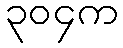
၃၀၄က